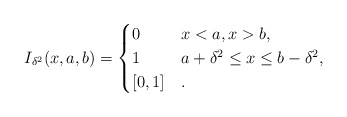
\begin{align*} I_{\delta^2}(x, a, b) = \begin{cases} 0 & x < a, x > b, \\ 1 & a + \delta^2 \leq x \leq b - \delta^2, \\ [0,1] & . \end{cases} \end{align*}